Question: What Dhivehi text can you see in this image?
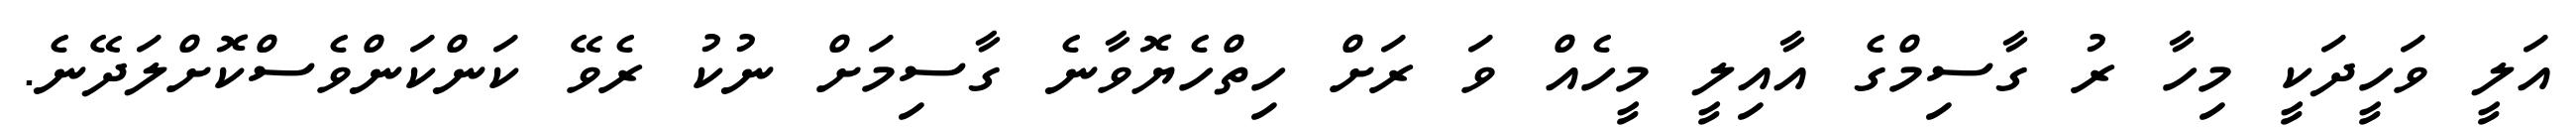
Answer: އަލީ ވަހީދަކީ މިހާ ރު ގާސިމްގެ އާއިލީ މީހެއް ވަ ރަށް ހިތްހެޔޮވާނެ ގާސިމަށް ނުކު ރެވޭ ކަންކަންވެސްކޮށްލަދޭނެ.